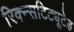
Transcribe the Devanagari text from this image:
रिक्न्सटिट्यूटेड